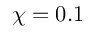
\chi = 0 . 1